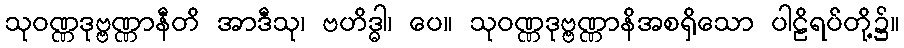
သုဝဏ္ဏဒုဗ္ဗဏ္ဏာနီတိ အာဒီသု၊ ဗဟိဒ္ဓါ၊ ပေ။ သုဝဏ္ဏဒုဗ္ဗဏ္ဏာနိအစရှိသော ပါဠိရပ်တို့၌။